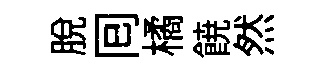
脱囘橘𩜙然